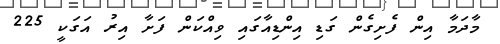
މާދަމާ އިން ފެށިގެން ގަޑި އިންޑިއާގައި ވިއްކަން ފަށާ އިރު އަގަކީ 225